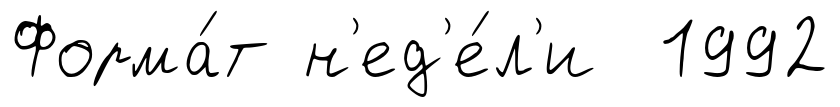
Форма́т н'ед'е́л'и 1992